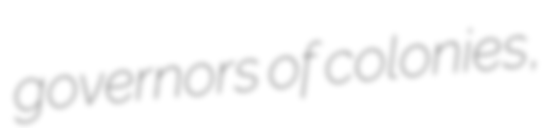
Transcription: governors of colonies,